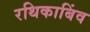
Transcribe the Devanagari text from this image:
रथिकाबिंव